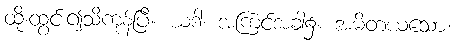
ထိုးထွင်း၍သိကုန်ပြီ။ ယဒါ၊ အကြင်အခါ၌။ အမိတယသော၊